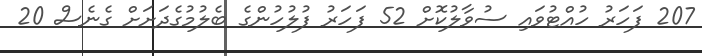
207 ފަހަރު ހުއްޓުވައި ސުވާލުކޮށް 52 ފަހަރު ފުލުހުންގެ ބެލުމުގެދަށަށް ގެނެސް 20